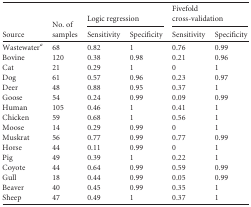
<table><thead><tr><td rowspan="2"><b>Source</b></td><td rowspan="2"><b>No. of samples</b></td><td colspan="2"><b>Logic regression</b></td><td colspan="2"><b>Fivefold cross-validation</b></td></tr><tr><td><b>Sensitivity</b></td><td><b>Specificity</b></td><td><b>Sensitivity</b></td><td><b>Specificity</b></td></tr></thead><tbody><tr><td>Wastewater<sup><i>a</i></sup></td><td>68</td><td>0.82</td><td>1</td><td>0.76</td><td>0.99</td></tr><tr><td>Bovine</td><td>120</td><td>0.38</td><td>0.98</td><td>0.21</td><td>0.96</td></tr><tr><td>Cat</td><td>21</td><td>0.29</td><td>1</td><td>0</td><td>1</td></tr><tr><td>Dog</td><td>61</td><td>0.57</td><td>0.96</td><td>0.23</td><td>0.97</td></tr><tr><td>Deer</td><td>48</td><td>0.88</td><td>0.95</td><td>0.37</td><td>1</td></tr><tr><td>Goose</td><td>54</td><td>0.24</td><td>0.99</td><td>0.09</td><td>0.99</td></tr><tr><td>Human</td><td>105</td><td>0.46</td><td>1</td><td>0.41</td><td>1</td></tr><tr><td>Chicken</td><td>59</td><td>0.68</td><td>1</td><td>0.56</td><td>1</td></tr><tr><td>Moose</td><td>14</td><td>0.29</td><td>0.99</td><td>0</td><td>1</td></tr><tr><td>Muskrat</td><td>56</td><td>0.77</td><td>0.99</td><td>0.77</td><td>0.99</td></tr><tr><td>Horse</td><td>44</td><td>0.11</td><td>0.99</td><td>0</td><td>1</td></tr><tr><td>Pig</td><td>49</td><td>0.39</td><td>1</td><td>0.22</td><td>1</td></tr><tr><td>Coyote</td><td>44</td><td>0.64</td><td>0.99</td><td>0.59</td><td>0.99</td></tr><tr><td>Gull</td><td>18</td><td>0.44</td><td>0.99</td><td>0.05</td><td>0.99</td></tr><tr><td>Beaver</td><td>40</td><td>0.45</td><td>0.99</td><td>0.35</td><td>1</td></tr><tr><td>Sheep</td><td>47</td><td>0.49</td><td>1</td><td>0.37</td><td>1</td></tr></tbody></table>